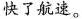
快了航速。